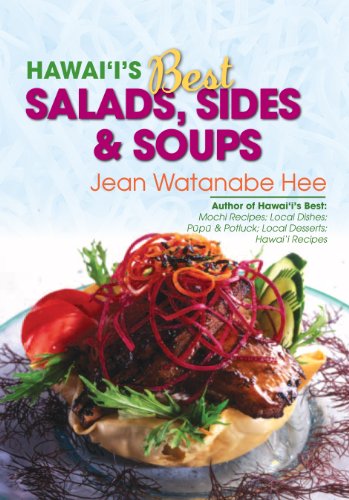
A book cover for Hawaii's Best Salads, Sides & Soups; Jean Watanabe Hee; Cookbooks, Food & Wine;